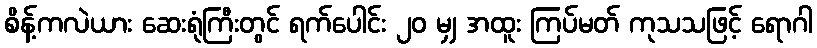
စိန့်ကလဲယား ဆေးရုံကြီးတွင် ရက်ပေါင်း ၂၀ မျှ အထူး ကြပ်မတ် ကုသသဖြင့် ရောဂါ